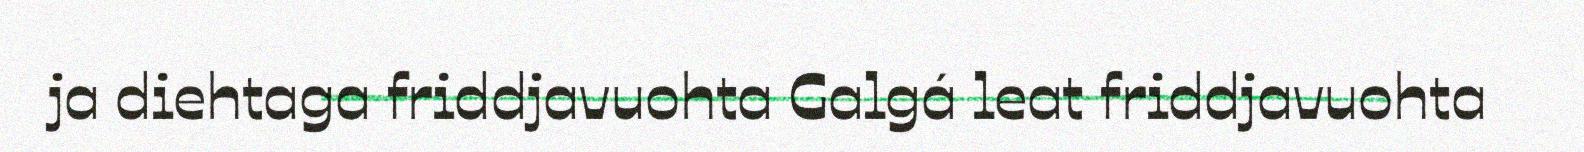
ja diehtaga friddjavuohta Galgá leat friddjavuohta